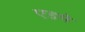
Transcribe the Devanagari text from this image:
एडमे